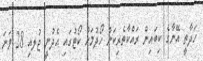
ހަދާތީ އޭނާގެ ކިބައިން ރައްކާތެރިކަން ހޯދުމަށް ކޯޓުގައި އެދުނީ ޖުލއި 28 ވަނަ